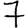
Digit: 7